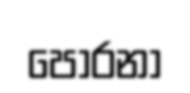
පොරනා